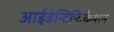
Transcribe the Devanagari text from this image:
आईडेन्टिफिकेशन